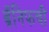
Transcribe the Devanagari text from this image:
ब्रॅनिफची